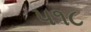
૫૧૮